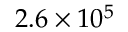
2 . 6 \times 1 0 ^ { 5 }